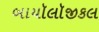
બાયૉલૉજીકલ